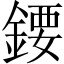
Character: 𨪁